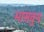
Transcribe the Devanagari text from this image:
भासवुन